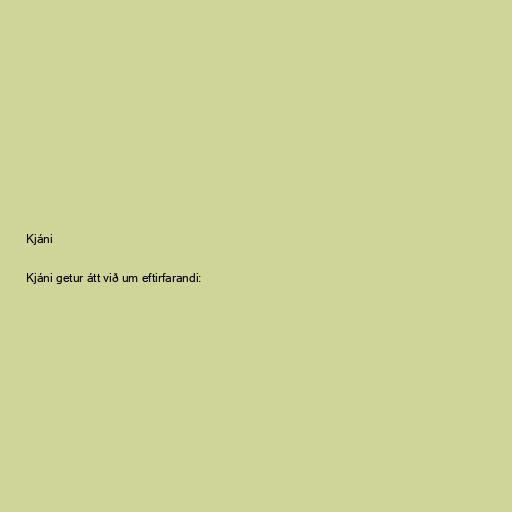
Kjáni

Kjáni getur átt við um eftirfarandi: